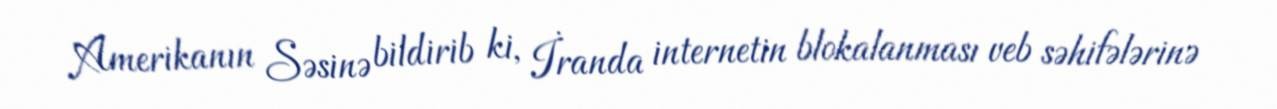
Amerikanın Səsinə bildirib ki, İranda internetin blokalanması veb səhifələrinə